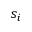
s _ { i }